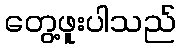
တွေ့ဖူးပါသည်